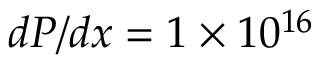
d P / d x = 1 \times 1 0 ^ { 1 6 }